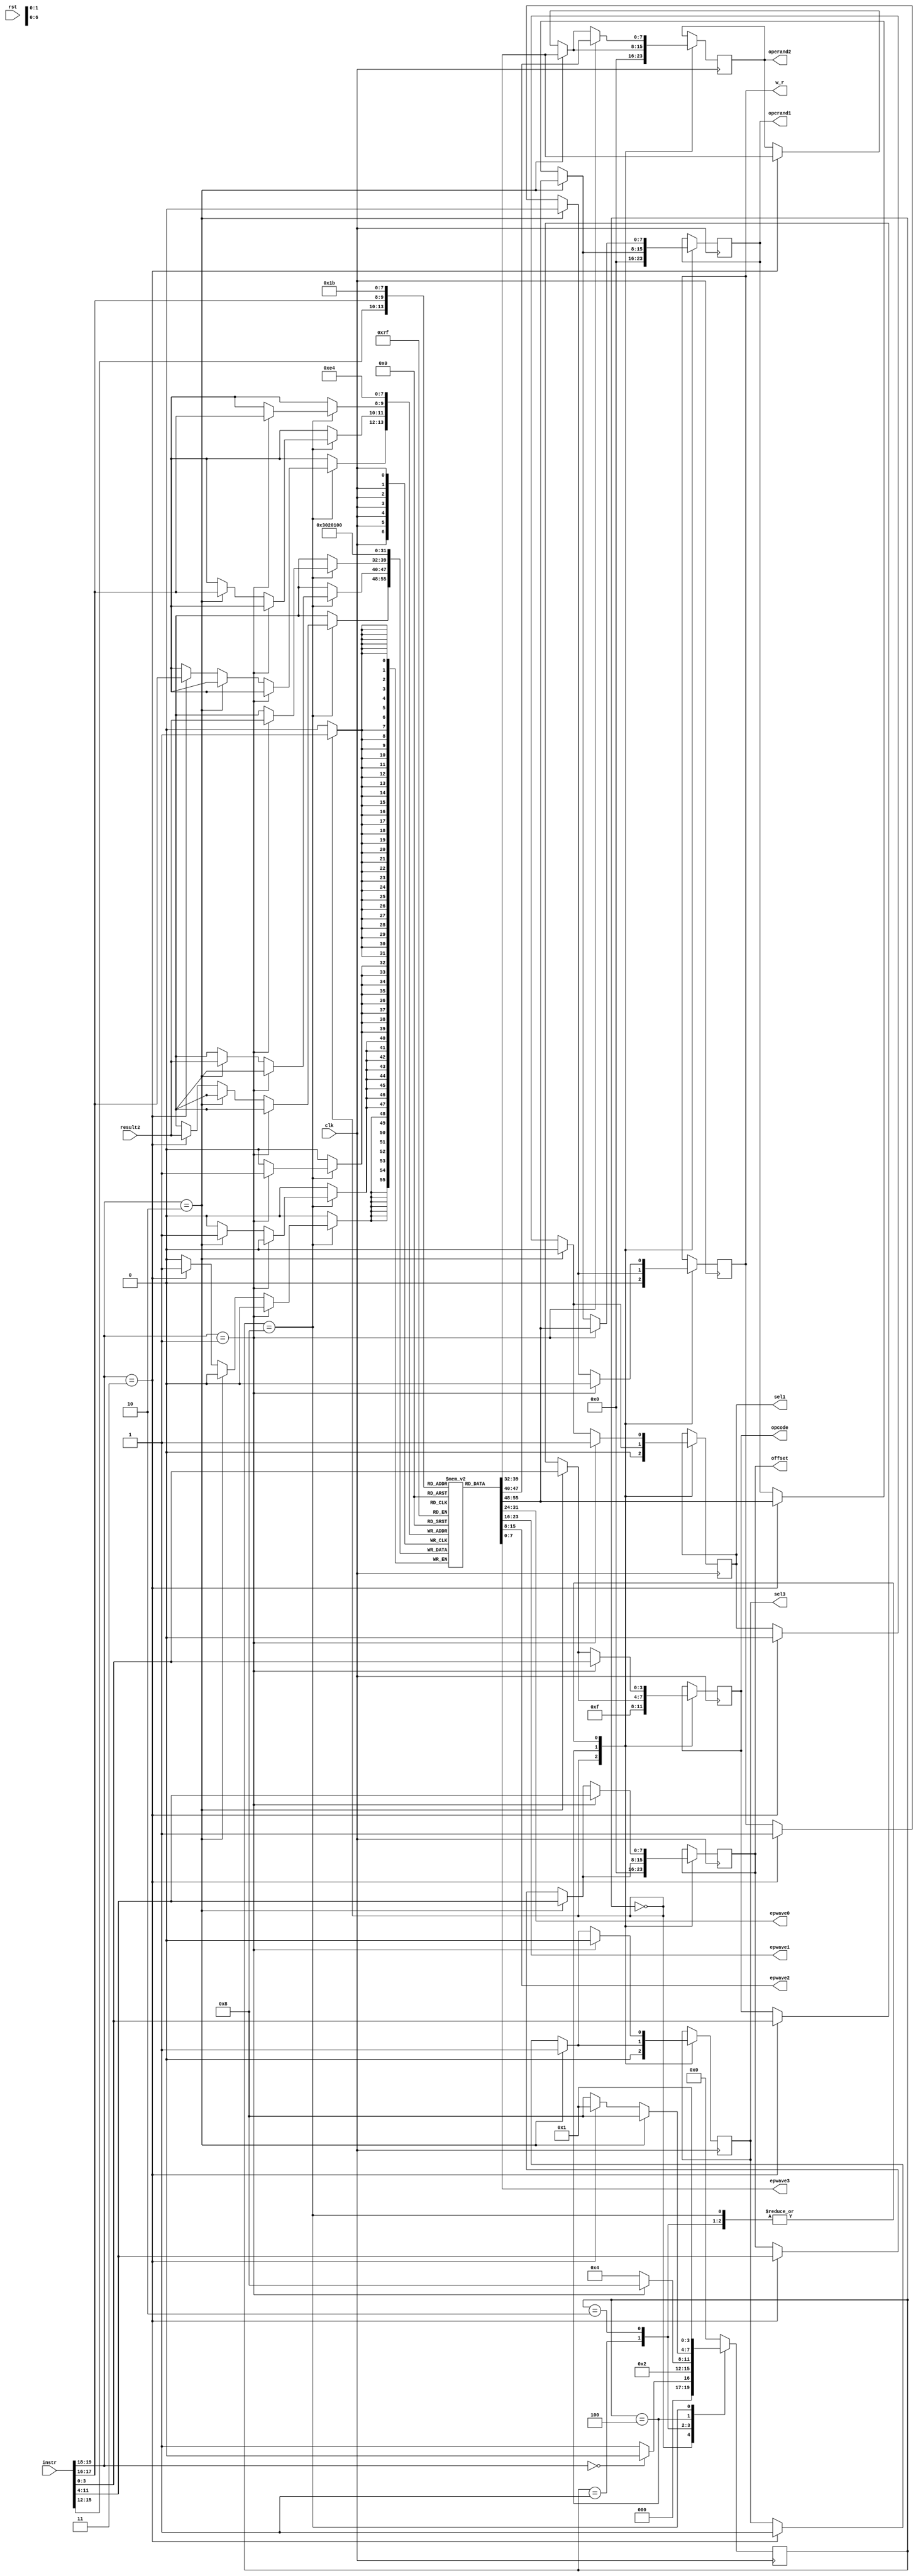
module CU (clk,rst, instr, result2, operand1, operand2, offset, opcode, sel1, sel3,w_r, epwave0, epwave1, epwave2, epwave3);
    //Defaults unless overwritten during instantiation
    parameter DATA_WIDTH = 8; //8 bit wide data
    parameter ADDR_BITS = 5; //32 Addresses
    parameter INSTR_WIDTH =20; 
    //INPUTS
    input clk,rst;
    input [INSTR_WIDTH-1:0]instr;
    input [DATA_WIDTH-1:0] result2;

    //OUTPUTS
    output reg [DATA_WIDTH-1:0] operand1;
    output reg [DATA_WIDTH-1:0] operand2;
    output reg [DATA_WIDTH-1:0] offset;
    output reg [3:0] opcode;
    output reg sel1, sel3, w_r;
  	//output regs to display regfile waveforms on top module
  	output reg [DATA_WIDTH-1:0] epwave0; 
    output reg [DATA_WIDTH-1:0] epwave1; 
    output reg [DATA_WIDTH-1:0] epwave2; 
    output reg [DATA_WIDTH-1:0] epwave3; 

    //REGISTER FILE: CU internal register file of 4 registers.  This is a over simplication of a real solution
  	reg [DATA_WIDTH-1:0] regfile [0:3];
    reg [INSTR_WIDTH-1:0]instruction;
  	//assign epwaves to regfile elements
  	assign epwave0 = regfile[0]; 
    assign epwave1 = regfile[1];
    assign epwave2 = regfile[2];
    assign epwave3 = regfile[3];
    
    //STATES
    parameter RESET = 4'b0000;
    parameter DECODE = 4'b0001;
    parameter EXECUTE = 4'b0010;
    parameter MEM_ACCESS = 4'b0100;
    parameter WRITE_BACK = 4'b1000;
        
    reg [3:0] state = RESET;
    
    
    always @(posedge clk) begin
        instruction = instr;
        case (state)
            RESET : begin //#0
                if (instruction[19:18] == 2'b00)  begin
                    state = RESET; 
                    end else begin
                    state = DECODE; //#1
                    end
                //-----------------------------
                //Write initial values to regfile
                regfile[0]<= 8'd0;
                regfile[1]<= 8'd1;
                regfile[2]<= 8'd2;
                regfile[3]<= 8'd3;

                //Set output reset defaults
                operand1 <= #(DATA_WIDTH)'d0;
                operand2 <= #(DATA_WIDTH)'d0;
                offset <= #(DATA_WIDTH)'d0;
                opcode <= 4'b1111;
                sel1 <= 0;
                sel3 <= 0;
                w_r <= 0;
                //-----------------------------
            end

            DECODE: begin //#1
                state = EXECUTE; //#2
                if (instruction[19:18] == 2'b1) begin //std_op
                    operand1 <= regfile[instruction[15:14]]; //X2
                    operand2 <= regfile[instruction[13:12]]; //X3
                    offset <= instruction[11:4];
                    opcode <= instruction[3:0];
                    sel1 <= 1; //pass result1
                    sel3 <= 0; //pass operand2
                    w_r <= 0;
                  
                end else if (instruction[19:18] == 2'b10) begin //loadR
                    operand1 <= regfile[instruction[15:14]]; //X2
                  	operand2 <= regfile[instruction[17:16]]; //X1
                    offset <= instruction[11:4];
                    opcode <= instruction[3:0];
                    sel1 <= 0; //pass data_out
                    sel3 <= 1; //pass offset
                    w_r <= 0;
                  
                end else if (instruction[19:18] == 2'b11) begin //storeR 
                    operand1 <= regfile[instruction[15:14]]; //X2
                    operand2 <= regfile[instruction[17:16]]; //X1
                    offset <= instruction[11:4];
                    opcode <= instruction[3:0];
                    sel1 <= 0; //pass data_out
                    sel3 <= 1; //pass offset
                    w_r <= 1; //enable write 
                end
            end
            EXECUTE: begin //#2
                state = MEM_ACCESS; //#3
                if (instruction[19:18] == 2'b01) begin //std_op
                    state = WRITE_BACK;
                    operand1 <= regfile[instruction[15:14]]; //X2
                    operand2 <= regfile[instruction[13:12]]; //X3
                    offset <= instruction[11:4];
                    opcode <= instruction[3:0];
                    sel1 <= 1; //pass result1
                    sel3 <= 0; //pass operand2
                    w_r <= 0;
                  
                end else if (instruction[19:18] == 2'b10) begin //loadR  
                    operand1 <= regfile[instruction[15:14]]; //X2
                  operand2 <= regfile[instruction[17:16]]; //X1
                    offset <= instruction[11:4];
                    opcode <= instruction[3:0];
                    sel1 <= 0; //pass data_out
                    sel3 <= 1; //pass offset
                    w_r <= 0;
                  
                end else if (instruction[19:18] == 2'b11) begin //storeR
                    operand1 <= regfile[instruction[15:14]]; //X2
                    operand2 <= regfile[instruction[17:16]]; //X1
                    offset <= instruction[11:4];
                    opcode <= instruction[3:0];
                    sel1 <= 0; //pass data_out
                    sel3 <= 1; //pass offset
                    w_r <= 1; //enable write
                end
            end
            MEM_ACCESS: begin //#3
                state = WRITE_BACK; //#4
                if (instruction[19:18] == 2'b10) begin //loadR
                    operand1 <= regfile[instruction[15:14]]; //X2
                  	operand2 <= regfile[instruction[17:16]]; //X1
                    offset <= instruction[11:4];
                    opcode <= instruction[3:0];
                    sel1 <= 0; //pass data_out
                    sel3 <= 1; //pass offset 
                    w_r <= 0;
                  
                end else if (instruction[19:18] == 2'b11) begin //storeR
                  	state = DECODE; //#1
                    operand1 <= regfile[instruction[15:14]]; //X2
                    operand2 <= regfile[instruction[17:16]]; //X1
                    offset <= instruction[11:4];
                    opcode <= instruction[3:0];
                    sel1 <= 0; //pass data_out
                    sel3 <= 1; //pass offset
                    w_r <= 1; //enable write 
                end
            end
            WRITE_BACK: begin //#4
                state = DECODE; //#1
                if (instruction[19:18] == 2'b01) begin //std_op
                    regfile[instruction[17:16]] <= result2; //X1
                    operand1 <= regfile[instruction[15:14]]; //X2
                    operand2 <= regfile[instruction[13:12]]; //X3
                    offset <= instruction[11:4];
                    opcode <= instruction[3:0];
                    sel1 <= 1; //pass result1
                    sel3 <= 0; //pass operand2
                    w_r <= 0;
                    
                end else if (instruction[19:18] == 2'b10) begin //loadR
                  	regfile[instruction[17:16]] <= result2; //From data mem
                    operand1 <= regfile[instruction[15:14]]; //X2
                  operand2 <= regfile[instruction[17:16]]; //X1
                    offset <= instruction[11:4];
                    opcode <= instruction[3:0];
                    sel1 <= 0; //pass data_out
                    sel3 <= 1; //pass offset
                    w_r <= 0;
                  
                end else if (instruction[19:18] == 2'b11) begin //storeR 
                  	regfile[instruction[17:16]] <= result2; //From data mem
                  	operand1 <= regfile[instruction[15:14]]; //X2
                    operand2 <= regfile[instruction[17:16]]; //X1
                    offset <= instruction[11:4];
                    opcode <= instruction[3:0];
                    sel1 <= 0; //pass data_out
                    sel3 <= 1; //pass offset
                    w_r <= 1; //enable write
                end
            end

            default: // Fault Recovery
            state = RESET; //#0
        endcase
    end
endmodule